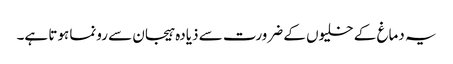
یہ دماغ کے خلیوں کے ضرورت سے ذیادہ ہیجان سے رونما ہوتا ہے۔